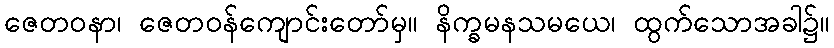
ဇေတဝနာ၊ ဇေတဝန်ကျောင်းတော်မှ။ နိက္ခမနသမယေ၊ ထွက်သောအခါ၌။